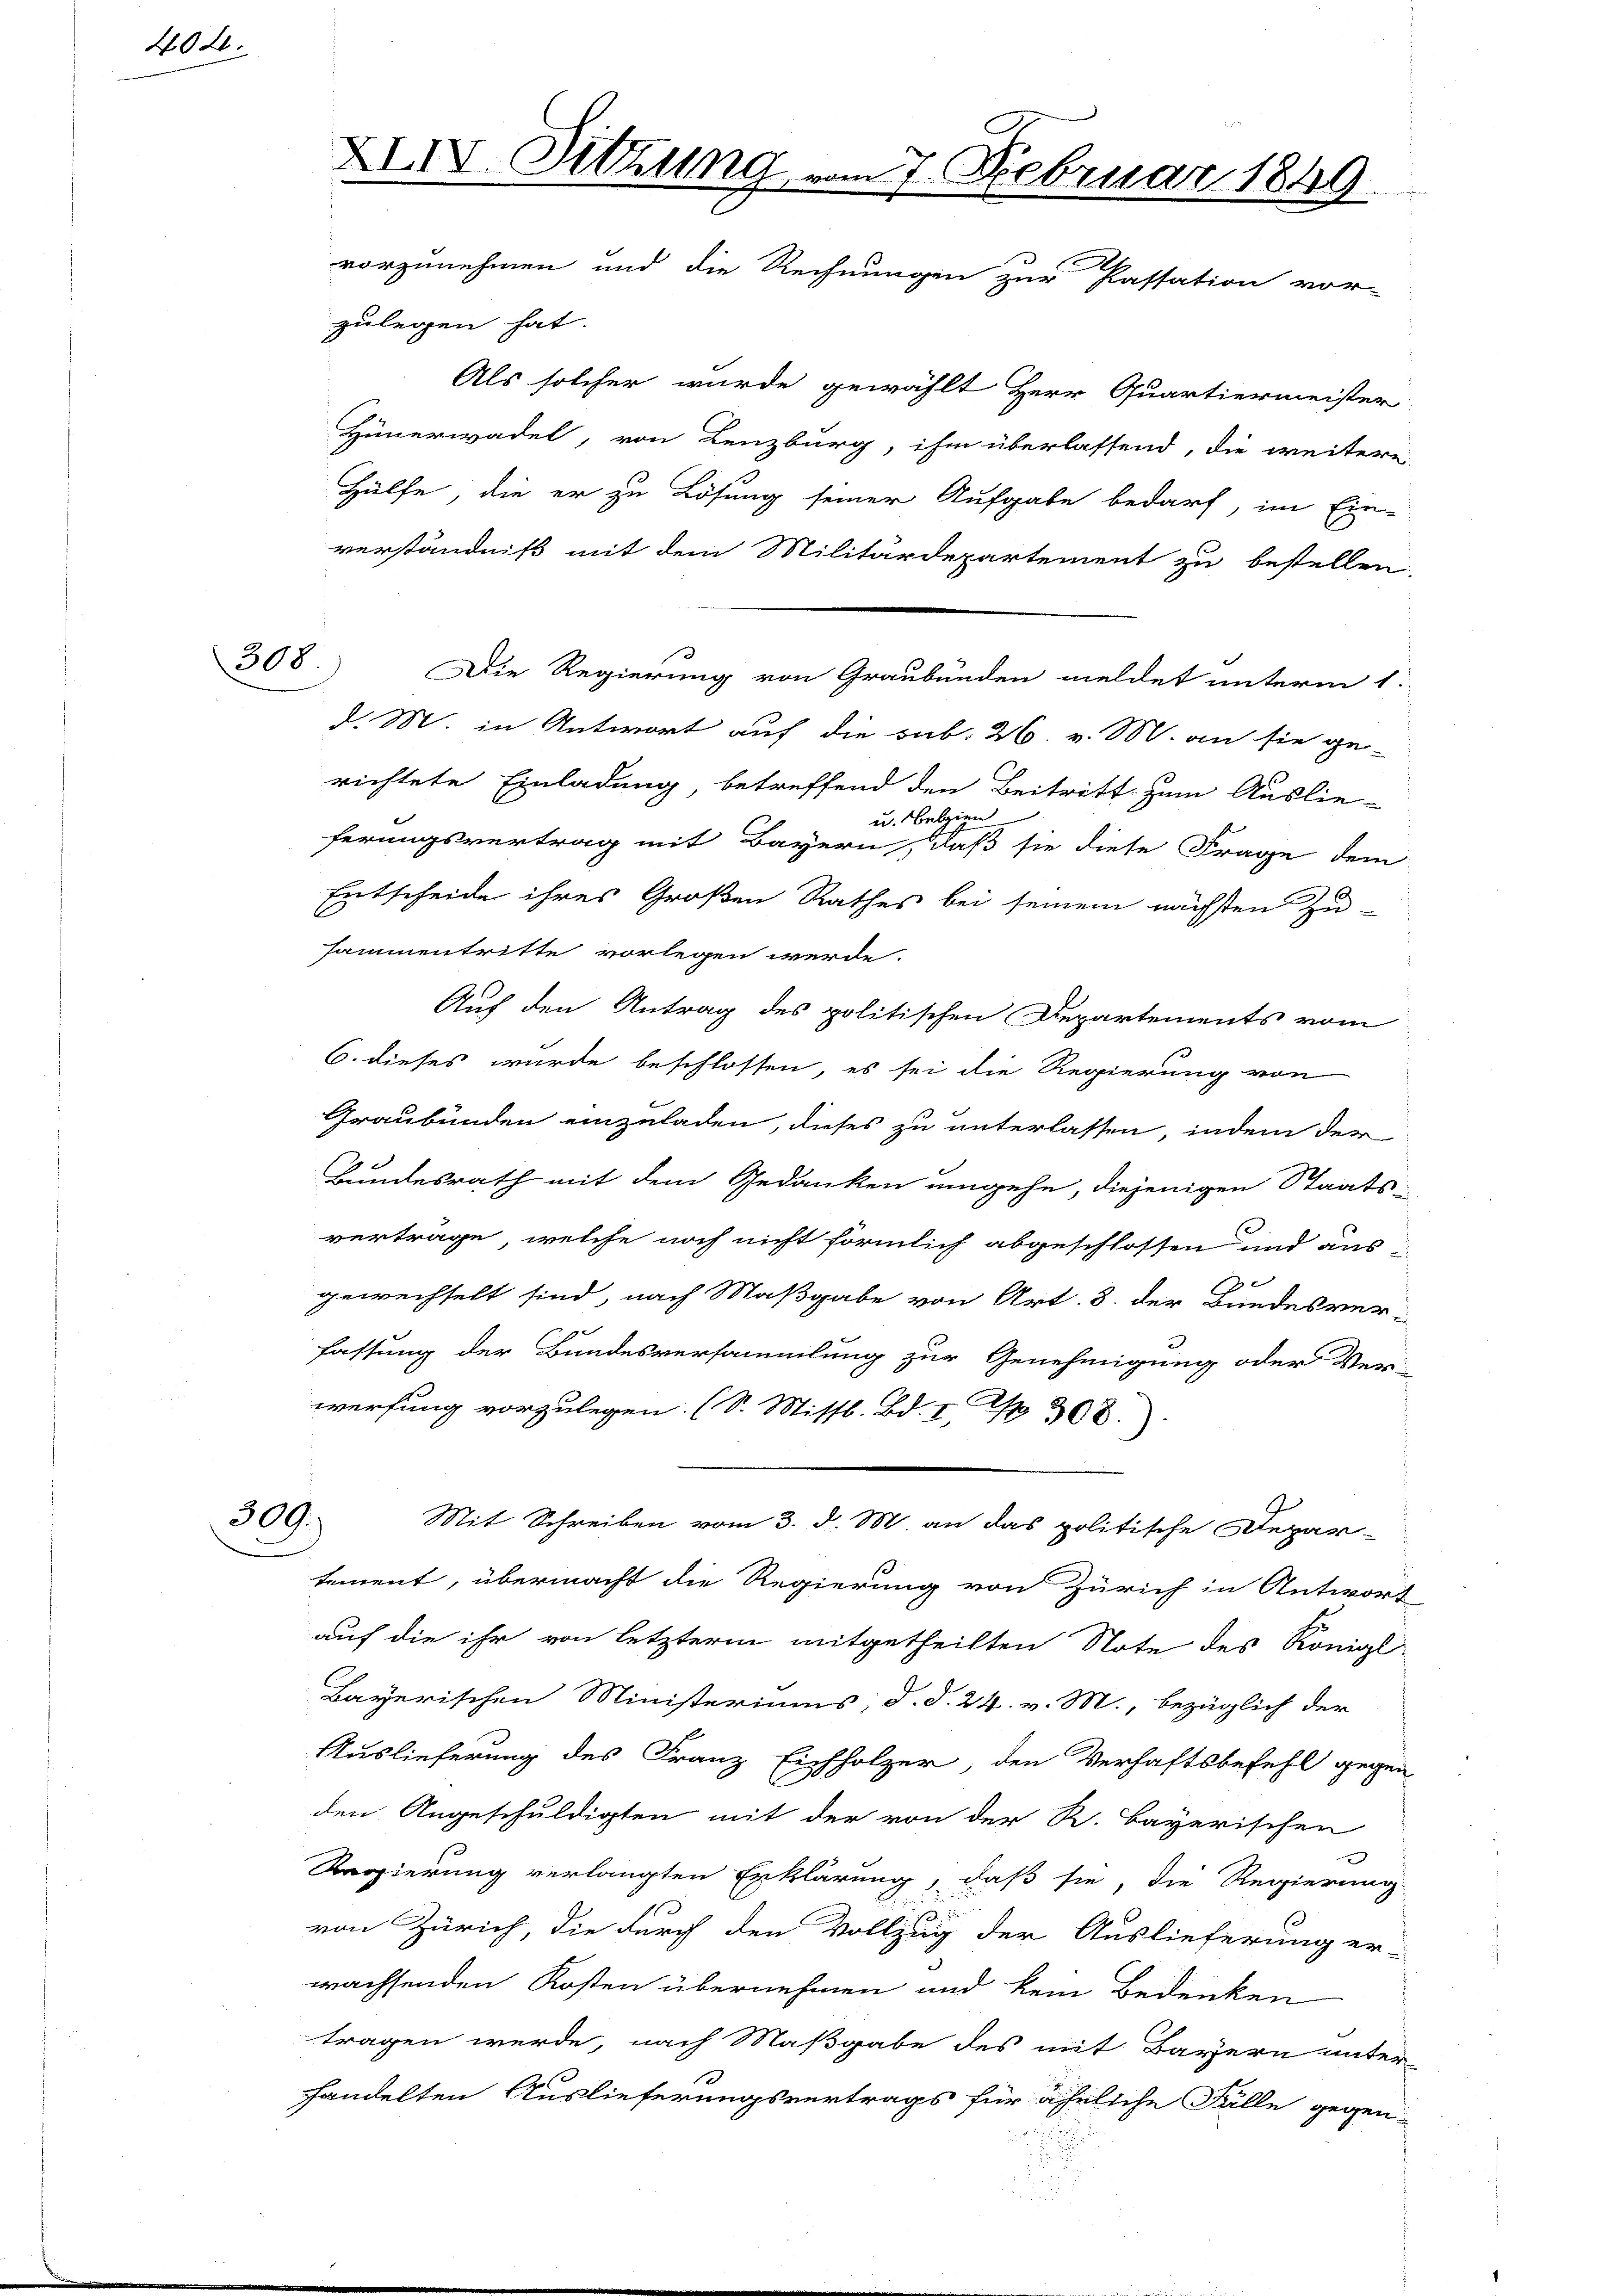
404

zulegen hat.
Als solcher wurde gewählt Herr Quartiermeister
Hünerwadel, von Lenzburg, ihm überlassend, die weitere
Hülfe, die er zu Lösung seiner Aufgabe bedarf, im Ein-
verständniß mit dem Militärdepartement zu bestellen.
Die Regierung von Graubünden meldet unterm 1.
d. M. in Antwort auf die sub. 26. v. M. an sie ge-
richtete Einladung, betreffend den Beitritt zum Auslie-
u. belgien
ferungsvertrag mit Bayern, daß sie diese Frage dem
Entscheide ihres Großen Rathes bei seinem nächsten Zu-
sammentritte vorlegen werde.
Auf den Antrag des politischen Departements vom
6. dieses wurde beschlossen, es sei die Regierung von
Graubünden einzuladen, dieses zu unterlassen, indem der
Bundesrath mit dem Gedanken umgehe, diejenigen Staats-
vertrage, welche noch nicht förmlich abgeschlossen und aus
.
gewechselt sind, nach Maßgabe von Art. 8. der Bundesver¬
7
fassung der Bundesversammlung zur Genehmigung oder Ver-
werfung vorzulegen. (S. Missl. Bd. V. R 308.
309. Mit Schreiben vom 3. d. M. an das politische Depar-
tement, übermacht die Regierung von Zürich in Antwort
auf die ihr von letzterm mitgetheilten Note des Königl
Bayerischen Ministeriums, d. d. 24. v. M., bezüglich der
Auslieferung des Franz Eichholzer, den Verhaftsbefehl gegen
den Angeschuldigten mit der von der R. Bayerischen
Regierung verlangten Erklärung, daß sie, die Regierung
von Zürich, die durch den Vollzug der Auslieferung er-
wachsenden Kosten übernehmen und kein Bedenken
tragen werde, nach Maßgabe des mit Bayern unter-
handelten Auslieferungsvertrags für ähnliche Fälle gegen-
.

308.

XXIV. Sitzung vom 7. Februar 1849.
d
vorzunehmen und die Rechnungen zur Passation vor-